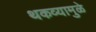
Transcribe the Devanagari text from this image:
थकव्यामुळे